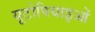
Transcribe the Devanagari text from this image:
यूटोपियाइओं